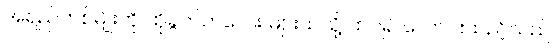
အရည်တစ်မျိုးကို ထိုခွက်ကလေး များထဲသို့ ထပ်၍ လောင်းထည့်သည်။